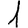
Digit: 1